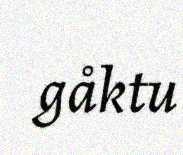
gåktu